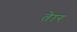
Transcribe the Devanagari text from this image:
तेार